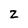
Character: Z